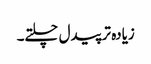
زیادہ تر پیدل چلتے۔